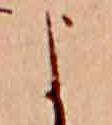
よ